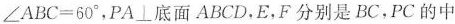
$$∠ A B C = 6 0 °$$，PA \bot 底面ABCD.E，F分别是BC，PC的中